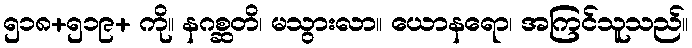
၅၁၈+၅၁၉+ ကို။ နဂစ္ဆတိ၊ မသွားလာ။ ယောနရော၊ အကြင်သူသည်။